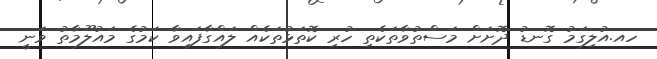
ހއ.އުލިގަމު ގޮނޑު ދޮށަށް މަސްތުވާތަކެތި ހުރި ކޮތަޅުތަކެއް ލައްގާފައިވާ ކަމުގެ މައުލޫމާތު ވަނީ